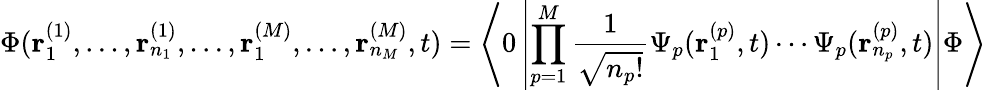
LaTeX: \Phi({\mathbf r}_{1}^{(1)},\ldots,{\mathbf r}_{n_{1}}^{(1)},\ldots,{\mathbf r}_{1}^{(M)},\ldots,{\mathbf r}_{n_{M}}^{(M)},t)=\left\langle 0\left|\prod_{p=1}^{M}\frac{1}{\sqrt{n_{p}!}}\Psi_{p}({\mathbf r}_{1}^{(p)},t)\cdots\Psi_{p}({\mathbf r}_{n_{p}}^{(p)},t)\right|\Phi\right\rangle